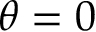
\theta = 0